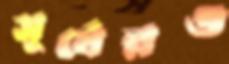
সূর্যেরও